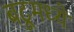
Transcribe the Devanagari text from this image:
बटूमध्ये